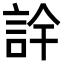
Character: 𮘅